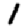
Digit: 1